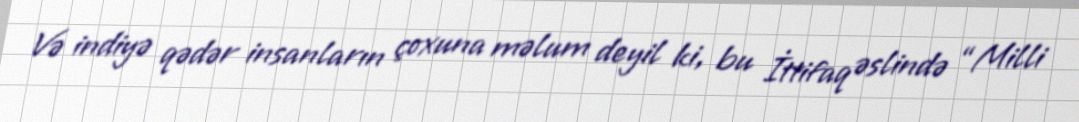
Və indiyə qədər insanların çoxuna məlum deyil ki, bu İttifaq əslində “Milli